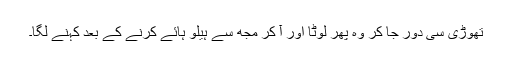
تھوڑی سی دور جا کر وہ پھر لوٹا اور آ کر مجھ سے ہیلو ہائے کرنے کے بعد کہنے لگا۔